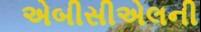
એબીસીએલની